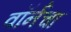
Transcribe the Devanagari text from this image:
वॉर्नचा